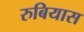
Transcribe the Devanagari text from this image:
रुबियास